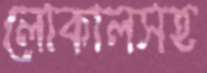
লোকালসহ